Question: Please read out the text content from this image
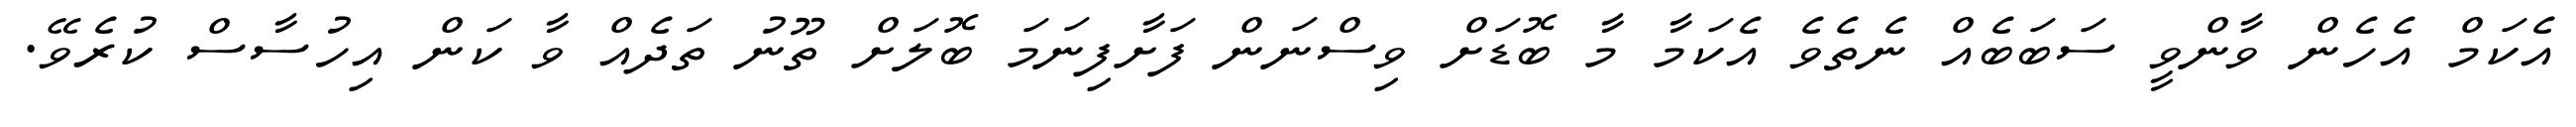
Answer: އެކަމް އެހެން ވާންވީ ސަބަބެއް ނެތެވެ އެކަމާ މާ ބޮޑަށް ވިސްނަން ފަށާފިނަމަ ބޮލަށް ތޫނު ތަދެއް ވާ ކަން އިހުސާސް ކުރެވޭ.